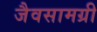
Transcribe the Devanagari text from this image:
जैवसामग्री